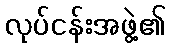
လုပ်ငန်းအဖွဲ့၏